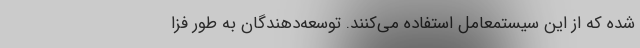
شده که از این سیستمعامل استفاده می‌کنند. توسعه‌دهندگان به طور فزا